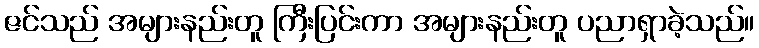
ဇင်သည် အများနည်းတူ ကြီးပြင်းကာ အများနည်းတူ ပညာရှာခဲ့သည်။